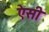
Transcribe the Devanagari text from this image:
एेसी